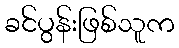
ခင်ပွန်းဖြစ်သူက